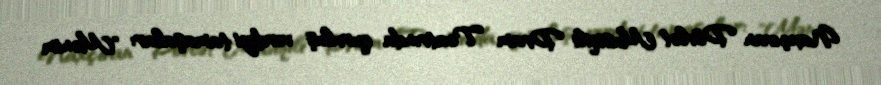
Naxçıvan Dövlət Musiqili Dram Teatrında quruluş verdiyi tamaşalar: "Mənim